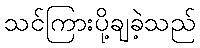
သင်ကြားပို့ချခဲ့သည်